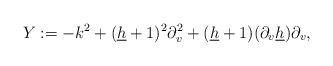
LaTeX: \begin{align*} Y:=-k^2+(\underline{h}+1)^2\partial_v^2+(\underline{h}+1)(\partial_v\underline{h})\partial_v,\end{align*}